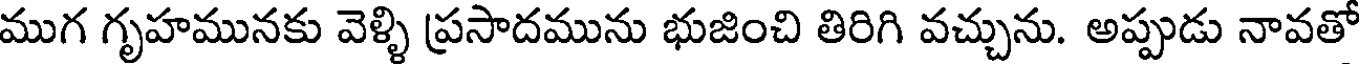
ముగ గృహమునకు వెళ్ళి ప్రసాదమును భుజించి తిరిగి వచ్చును. అప్పుడు నావతో